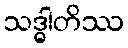
သဒ္ဓါတိဿ